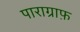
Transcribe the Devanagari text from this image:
पाराग्राफ़